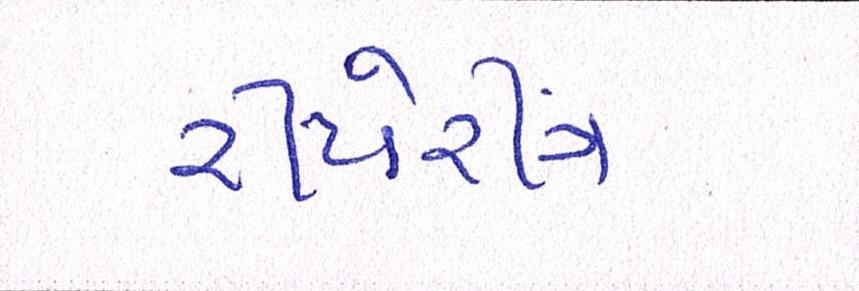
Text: રિપેરીંગ